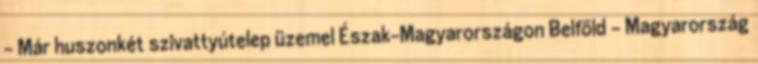
- Már huszonkét szivattyútelep üzemel Észak-Magyarországon Belföld - Magyarország